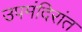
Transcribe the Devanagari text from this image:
उपमंदिरांत